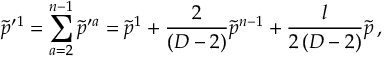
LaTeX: \tilde { p } ^ { \prime 1 } = \sum _ { a = 2 } ^ { n - 1 } \tilde { p } ^ { \prime a } = \tilde { p } ^ { 1 } + { \frac { 2 } { ( D - 2 ) } } \tilde { p } ^ { n - 1 } + { \frac { l } { 2 \, ( D - 2 ) } } \tilde { p } \, ,